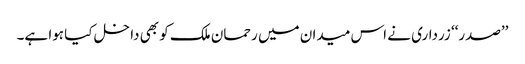
’’صدر‘‘ زرداری نے اس میدان میں رحمان ملک کو بھی داخل کیا ہوا ہے۔